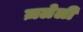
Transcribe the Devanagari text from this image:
ज़लेली